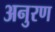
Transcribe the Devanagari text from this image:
अनुरण